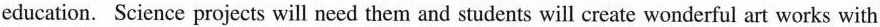
education. Science projects will need them and students will create wonderful art works with